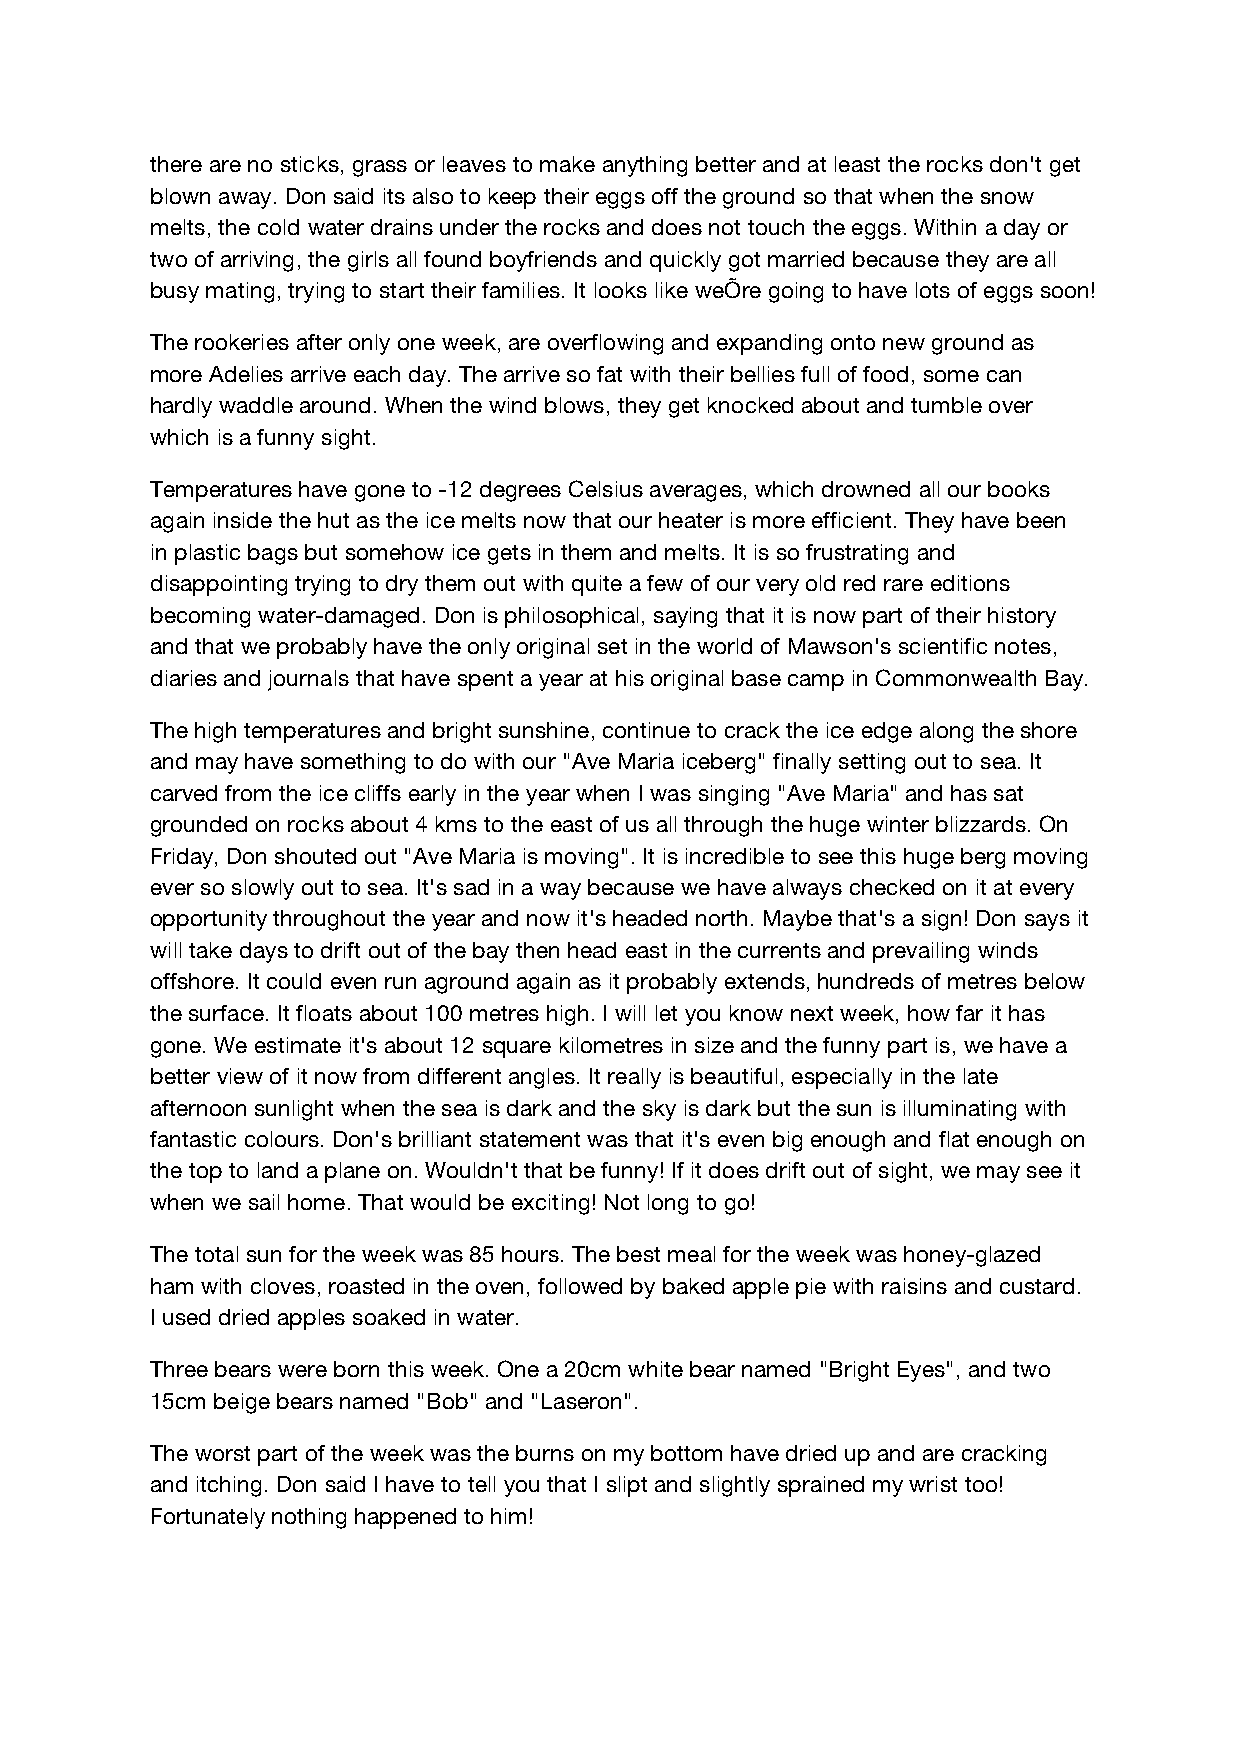
there are no sticks, grass or leaves to make anything better and at least the rocks don't get
 blown away. Don said its also to keep their eggs off the ground so that when the snow
 melts, the cold water drains under the rocks and does not touch the eggs. Within a day or
 two of arriving, the girls all found boyfriends and quickly got married because they are all
 busy mating, trying to start their families. It looks like weÕre going to have lots of eggs soon!
 The rookeries after only one week, are overflowing and expanding onto new ground as
 more Adelies arrive each day. The arrive so fat with their bellies full of food, some can
 hardly waddle around. When the wind blows, they get knocked about and tumble over
 which is a funny sight.
 Temperatures have gone to -12 degrees Celsius averages, which drowned all our books
 again inside the hut as the ice melts now that our heater is more efficient. They have been
 in plastic bags but somehow ice gets in them and melts. It is so frustrating and
 disappointing trying to dry them out with quite a few of our very old red rare editions
 becoming water-damaged. Don is philosophical, saying that it is now part of their history
 and that we probably have the only original set in the world of Mawson's scientific notes,
 diaries and journals that have spent a year at his original base camp in Commonwealth Bay.
 The high temperatures and bright sunshine, continue to crack the ice edge along the shore
 and may have something to do with our "Ave Maria iceberg" finally setting out to sea. It
 carved from the ice cliffs early in the year when I was singing "Ave Maria" and has sat
 grounded on rocks about 4 kms to the east of us all through the huge winter blizzards. On
 Friday, Don shouted out "Ave Maria is moving". It is incredible to see this huge berg moving
 ever so slowly out to sea. It's sad in a way because we have always checked on it at every
 opportunity throughout the year and now it's headed north. Maybe that's a sign! Don says it
 will take days to drift out of the bay then head east in the currents and prevailing winds
 offshore. It could even run aground again as it probably extends, hundreds of metres below
 the surface. It floats about 100 metres high. I will let you know next week, how far it has
 gone. We estimate it's about 12 square kilometres in size and the funny part is, we have a
 better view of it now from different angles. It really is beautiful, especially in the late
 afternoon sunlight when the sea is dark and the sky is dark but the sun is illuminating with
 fantastic colours. Don's brilliant statement was that it's even big enough and flat enough on
 the top to land a plane on. Wouldn't that be funny! If it does drift out of sight, we may see it
 when we sail home. That would be exciting! Not long to go!
 The total sun for the week was 85 hours. The best meal for the week was honey-glazed
 ham with cloves, roasted in the oven, followed by baked apple pie with raisins and custard.
 I used dried apples soaked in water.
 Three bears were born this week. One a 20cm white bear named "Bright Eyes", and two
 15cm beige bears named "Bob" and "Laseron".
 The worst part of the week was the burns on my bottom have dried up and are cracking
 and itching. Don said I have to tell you that I slipt and slightly sprained my wrist too!
 Fortunately nothing happened to him!